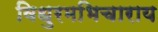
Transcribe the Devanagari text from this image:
विधुरमभिचाराय